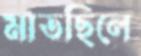
মাতছিলে